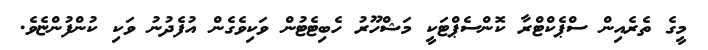
މީގެ ތެރެއިން ސްޕެކްޓްރާ ކޮންސެޕްޓަކީ މަޝްހޫރު ހެބިޓެޓުން ވަކިވެގެން އުފެދުނު ވަކި ކުންފުންޏެވެ.